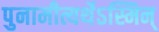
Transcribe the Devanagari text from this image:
पुनामीत्यर्थेऽस्मिन्